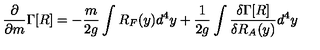
\frac { \partial } { { \partial } m } \Gamma [ R ] = - \frac { m } { 2 g } \int R _ { F } ( y ) d ^ { 4 } y + \frac { 1 } { 2 g } \int \frac { \delta \Gamma [ R ] } { \delta R _ { A } ( y ) } d ^ { 4 } y